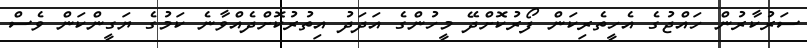
ސަރުކާރުން ހައްޖުގެ އެހީތެރިކަން ފޯރުކޮށްދޭ މީހުންގެ އަދަދު އިތުރުކޮށްދެއްވާނެ ކަމުގެ ޔަގީންކަން ވެސް